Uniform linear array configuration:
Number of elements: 12
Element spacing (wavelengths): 0.5
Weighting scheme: kaiser
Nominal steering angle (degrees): -30
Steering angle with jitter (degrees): -30.954
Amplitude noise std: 0.05
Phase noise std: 0.05

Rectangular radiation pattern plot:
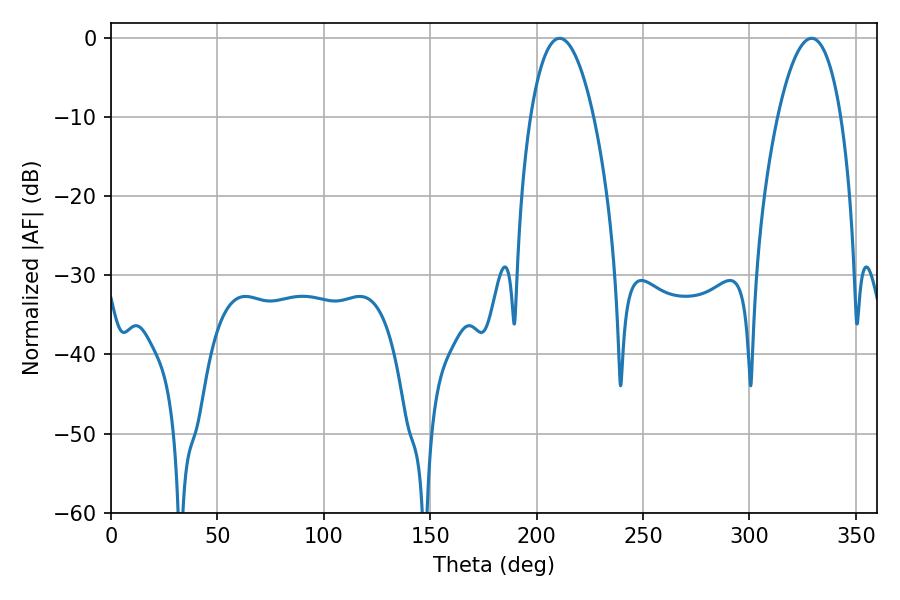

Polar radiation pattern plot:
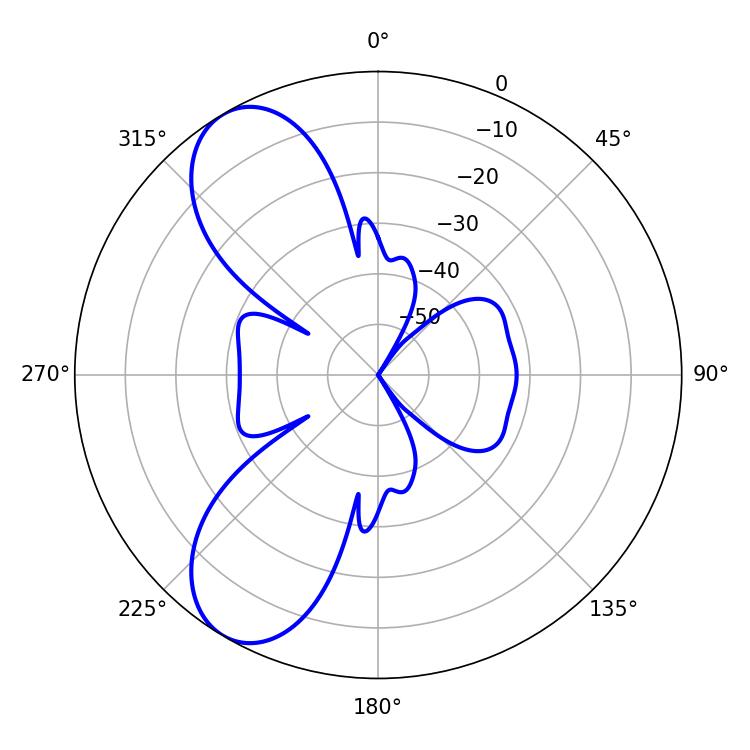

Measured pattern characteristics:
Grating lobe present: FALSE
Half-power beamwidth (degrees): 16.56
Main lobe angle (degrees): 210.78